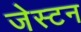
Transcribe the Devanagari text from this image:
जेस्टन